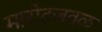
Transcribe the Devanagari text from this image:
मारोटजवळ